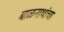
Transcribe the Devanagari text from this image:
बाळनाथांचा